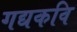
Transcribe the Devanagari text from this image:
गद्यकवि